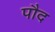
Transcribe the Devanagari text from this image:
पौद